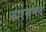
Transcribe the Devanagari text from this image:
नारज़मंद